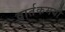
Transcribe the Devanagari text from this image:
वार्तकमयी